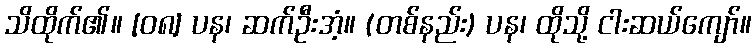
သိထိုက်၏။ [၀၈] ပန၊ ဆက်ဦးအံ့။ (တစ်နည်း) ပန၊ ထိုသို့ ငါးဆယ်ကျော်။